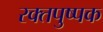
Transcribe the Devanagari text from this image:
रक्तपुष्पक